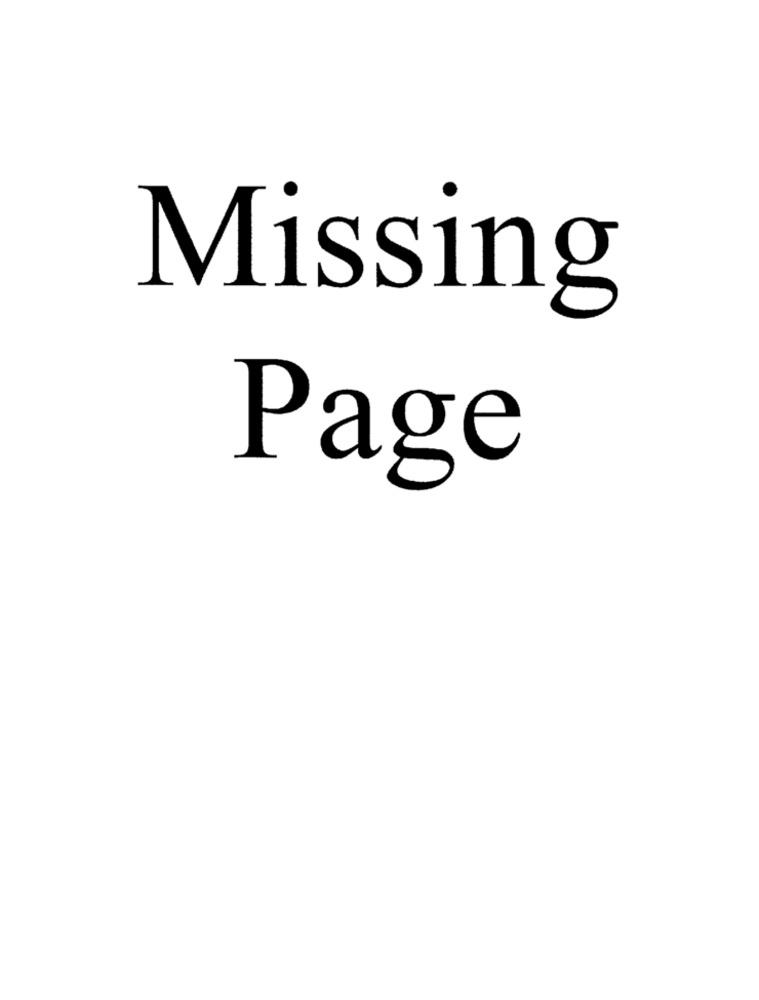
Missing
Page